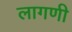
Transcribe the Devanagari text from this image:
लागणी